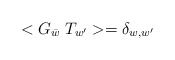
\begin{align*}<G_{\bar{w}}\; T_{w^{\prime}}> = \delta_{w,w^{\prime}}\end{align*}